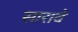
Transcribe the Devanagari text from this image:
सारावे